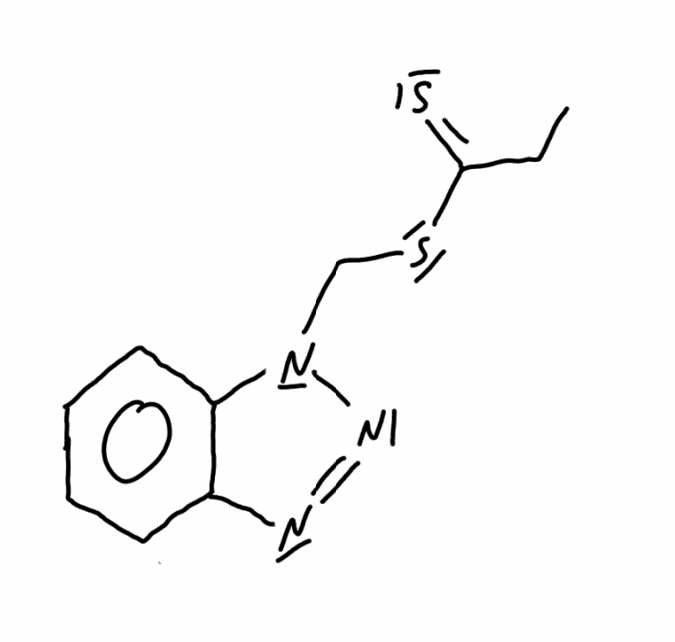
Simplified molecular-input line-entry system (SMILES) notation of the given molecule:
CCC(=S)SCN1C2=CC=CC=C2N=N1